Civil Veterinary Dept. Bombay admin report 1893-99 - 1893-1899
Year: 1893
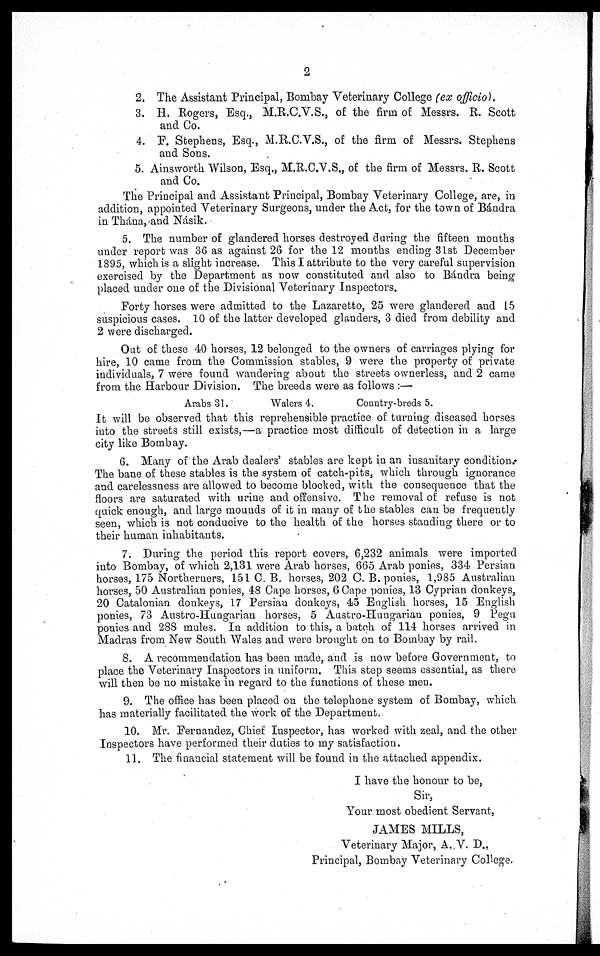
2
2. The Assistant Principal, Bombay Veterinary College (ex officio).
3. H. Rogers, Esq., M.R.C.V.S., of the firm of Messrs. R. Scott
and Co.
4. F. Stephens, Esq., M.R.C.V.S., of the firm of Messrs. Stephens
and Sons.
5. Ainsworth Wilson, Esq., M.R.C.V.S., of the firm of Messrs. R. Scott
and Co.
The Principal and Assistant Principal, Bombay Veterinary College, are, in
addition, appointed Veterinary Surgeons, under the Act, for the town of Bándra
in Thána, and Násik.
5. The number of glandered horses destroyed during the fifteen months
under report was 36 as against 26 for the 12 months ending 31st December
1895, which is a slight increase. This I attribute to the very careful supervision
exercised by the Department as now constituted and also to Bándra being
placed under one of the Divisional Veterinary Inspectors.
Forty horses were admitted to the Lazaretto, 25 were glandered and 15
suspicious cases. 10 of the latter developed glanders, 3 died from debility and
2 were discharged.
Out of these 40 horses, 12 belonged to the owners of carriages plying for
hire, 10 came from the Commission stables, 9 were the property of private
individuals, 7 were found wandering about the streets ownerless, and 2 came
from the Harbour Division. The breeds were as follows:—
Arabs 31.
Walers 4.
Country-breds 5.
It will be observed that this reprehensible practice of turning diseased horses
into the streets still exists,—a practice most difficult of detection in a large
city like Bombay.
6. Many of the Arab dealers' stables are kept in an insanitary condition.
The bane of these stables is the system of catch-pits, which through ignorance
and carelessness are allowed to become blocked, with the consequence that the
floors are saturated with urine and offensive. The removal of refuse is not
quick enough, and large mounds of it in many of the stables can be frequently
seen, which is not conducive to the health of the horses standing there or to
their human inhabitants.
7. During the period this report covers, 6,232 animals were imported
into Bombay, of which 2,131 were Arab horses, 665 Arab ponies, 334 Persian
horses, 175 Northerners, 151 C. B. horses, 202 C. B. ponies, 1,985 Australian
horses, 50 Australian ponies, 48 Cape horses, 6 Cape ponies, 13 Cyprian donkeys,
20 Catalonian donkeys, 17 Persian donkeys, 45 English horses, 15 English
ponies, 73 Austro-Hungarian horses, 5 Austror-Hungarian ponies, 9 Pegu
ponies and 288 mules. In addition to this, a batch of 114 horses arrived in
Madras from New South Wales and were brought on to Bombay by rail.
8. A recommendation has been made, and is now before Government, to
place the Veterinary Inspectors in uniform. This step seems essential, as there
will then be no mistake in regard to the functions of these men.
9. The office has been placed on the telephone system of Bombay, which
has materially facilitated the work of the Department.
10. Mr. Fernandez, Chief Inspector, has worked with zeal, and the other
Inspectors have performed their duties to my satisfaction.
11. The financial statement will be found in the attached appendix.
I have the honour to be,
Sir,
Your most obedient Servant,
JAMES MILLS,
Veterinary Major, A. V. D.,
Principal, Bombay Veterinary College.